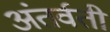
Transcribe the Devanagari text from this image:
अंतर्वती